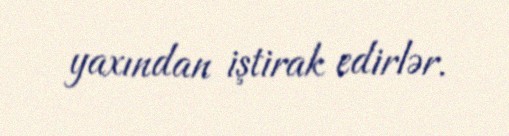
yaxından iştirak edirlər.